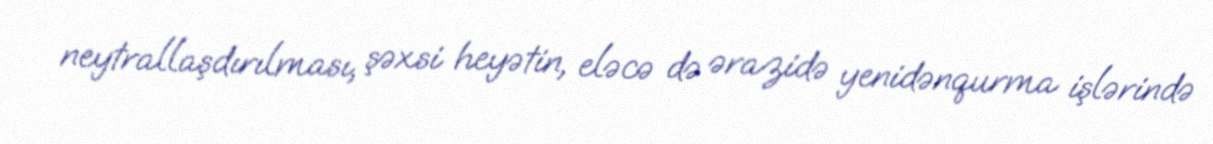
neytrallaşdırılması, şəxsi heyətin, eləcə də ərazidə yenidənqurma işlərində